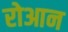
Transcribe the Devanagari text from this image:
रोआन